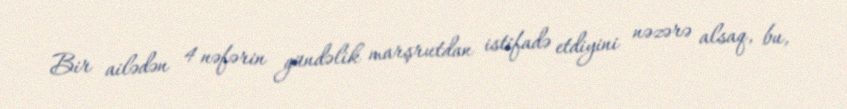
Bir ailədən 4 nəfərin gündəlik marşrutdan istifadə etdiyini nəzərə alsaq, bu,